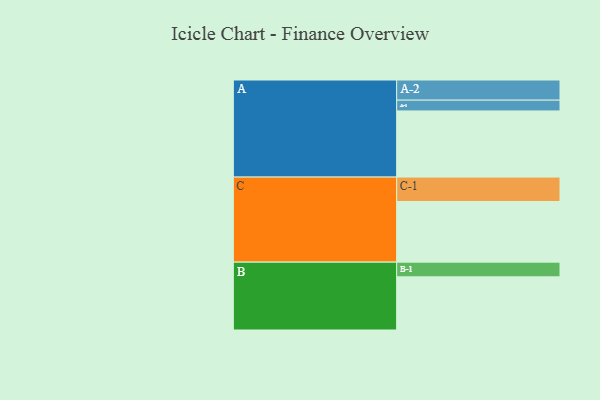
{"axis": {"x": "Segment", "y": "Value"}, "legend": ["", "A", "B", "C"], "data": [{"x": "A", "y": 539, "type": ""}, {"x": "B", "y": 433, "type": ""}, {"x": "C", "y": 494, "type": ""}, {"x": "A-1", "y": 88, "type": "A"}, {"x": "A-2", "y": 164, "type": "A"}, {"x": "B-1", "y": 120, "type": "B"}, {"x": "C-1", "y": 199, "type": "C"}]}